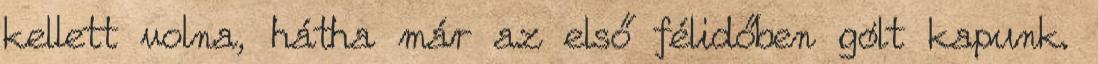
kellett volna, hátha már az első félidőben gólt kapunk.